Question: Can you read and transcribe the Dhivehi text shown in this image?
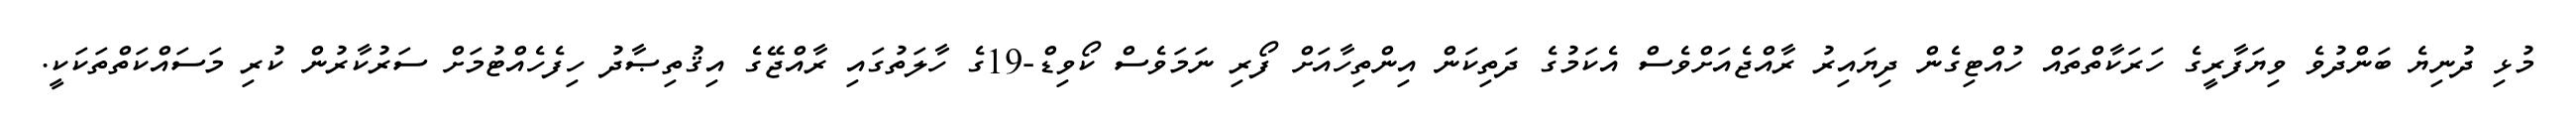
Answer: މުޅި ދުނިޔެ ބަންދުވެ ވިޔަފާރީގެ ހަރަކާތްތައް ހުއްޓިގެން ދިޔައިރު ރާއްޖެއަށްވެސް އެކަމުގެ ދަތިކަން އިންތިހާއަށް ފޯރި ނަމަވެސް ކޯވިޑް-19ގެ ހާލަތުގައި ރާއްޖޭގެ އިޤުތިޞާދު ހިފެހެއްޓުމަށް ސަރުކާރުން ކުރި މަސައްކަތްތަކަކީ.